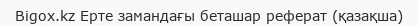
Bigox.kz Ерте замандағы беташар реферат (қазақша)